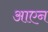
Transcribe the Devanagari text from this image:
आएन